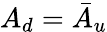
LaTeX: A_{d}=\bar{A}_{u}